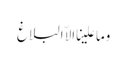
وما علینا الاّ البلاغ